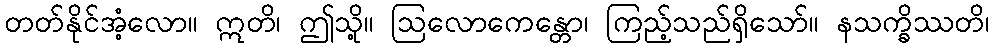
တတ်နိုင်အံ့လော။ ဣတိ၊ ဤသို့။ ဩလောကေန္တော၊ ကြည့်သည်ရှိသော်။ နသက္ခိဿတိ၊